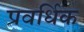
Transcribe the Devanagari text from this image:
प्रवर्धिक